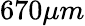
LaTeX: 670\mu m